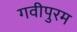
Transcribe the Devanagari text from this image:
गवीपुरम